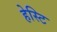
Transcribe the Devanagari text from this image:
हेस्टि